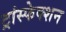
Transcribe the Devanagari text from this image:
ट्रांस्फेक्शन